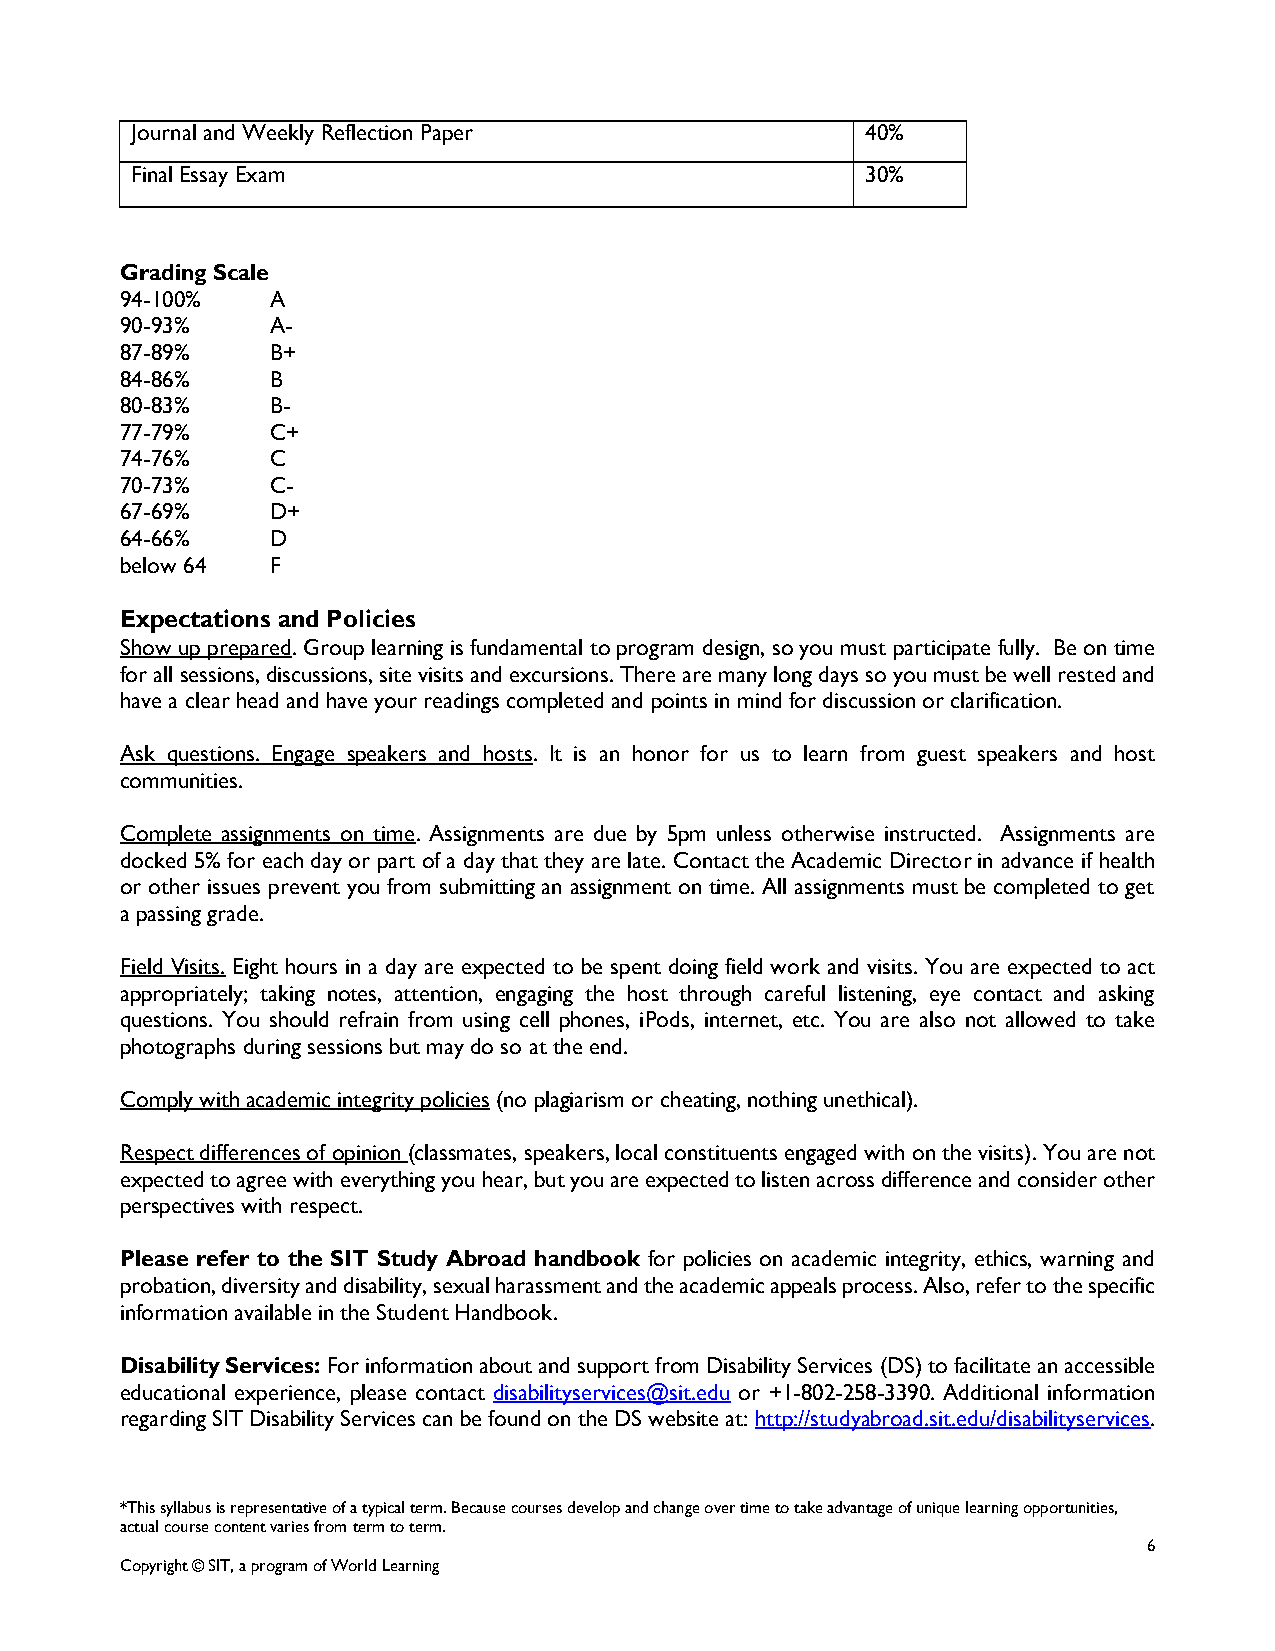
Journal and Weekly Reflection Paper             40%
 Final Essay Exam                                30%
 Grading Scale
 94-100%   A
 90-93%    A-
 87-89%    B+
 84-86%    B
 80-83%    B-
 77-79%    C+
 74-76%    C
 70-73%    C-
 67-69%    D+
 64-66%    D
 below 64  F
 Expectations and Policies
 Show up prepared. Group learning is fundamental to program design, so you must participate fully. Be on time
 for all sessions, discussions, site visits and excursions. There are many long days so you must be well rested and
 have a clear head and have your readings completed and points in mind for discussion or clarification.
 Ask questions. Engage speakers and hosts. It is an honor for us to learn from guest speakers and host
 communities.
 Complete assignments on time. Assignments are due by 5pm unless otherwise instructed. Assignments are
 docked 5% for each day or part of a day that they are late. Contact the Academic Director in advance if health
 or other issues prevent you from submitting an assignment on time. All assignments must be completed to get
 a passing grade.
 Field Visits. Eight hours in a day are expected to be spent doing field work and visits. You are expected to act
 appropriately; taking notes, attention, engaging the host through careful listening, eye contact and asking
 questions. You should refrain from using cell phones, iPods, internet, etc. You are also not allowed to take
 photographs during sessions but may do so at the end.
 Comply with academic integrity policies (no plagiarism or cheating, nothing unethical).
 Respect differences of opinion (classmates, speakers, local constituents engaged with on the visits). You are not
 expected to agree with everything you hear, but you are expected to listen across difference and consider other
 perspectives with respect.
 Please refer to the SIT Study Abroad handbook for policies on academic integrity, ethics, warning and
 probation, diversity and disability, sexual harassment and the academic appeals process. Also, refer to the specific
 information available in the Student Handbook.
 Disability Services: For information about and support from Disability Services (DS) to facilitate an accessible
 educational experience, please contact disabilityservices@sit.edu or +1-802-258-3390. Additional information
 regarding SIT Disability Services can be found on the DS website at: http://studyabroad.sit.edu/disabilityservices.
 *This syllabus is representative of a typical term. Because courses develop and change over time to take advantage of unique learning opportunities,
 actual course content varies from term to term.
 6
 Copyright © SIT, a program of World Learning